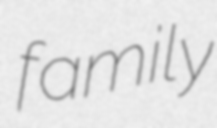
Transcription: family